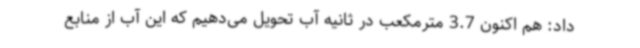
داد: هم اکنون 3.7 مترمکعب در ثانیه آب تحویل می‌دهیم که این آب از منابع